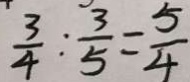
\frac { 3 } { 4 } : \frac { 3 } { 5 } = \frac { 5 } { 4 }